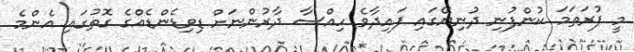
މީ ފުރަތަމަ ކުންފުނި ދުނިޔޭގައި ފައިދާވެ ހިއްސާ ދާރުންނަށް ޑިވިޑެންޑެއްގެ ގޮތުގައި އެންމެ